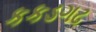
કકડગઢ